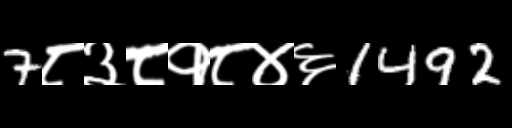
Text: 7८३८१८४६1492